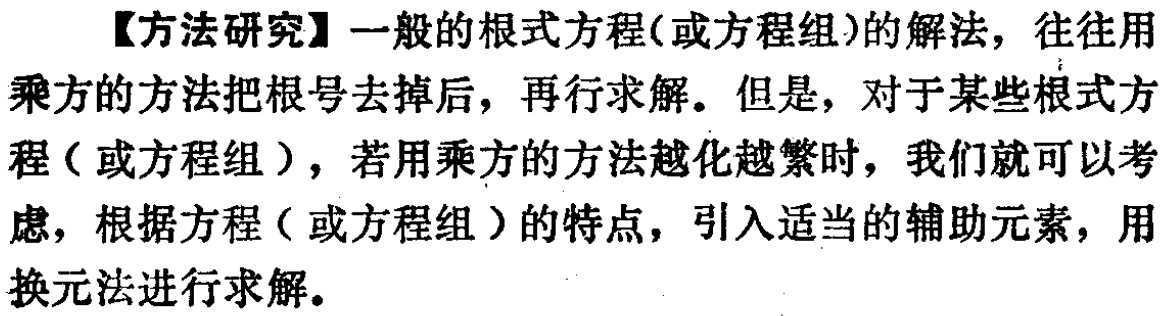
【方法研究】一般的根式方程(或方程组)的解法，往往用乘方的方法把根号去掉后，再行求解。但是，对于某些根式方程（或方程组），若用乘方的方法越化越繁时，我们就可以考虑，根据方程（或方程组）的特点，引入适当的辅助元素，用换元法进行求解。